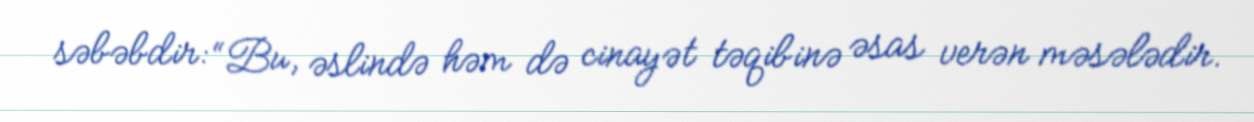
səbəbdir: “Bu, əslində həm də cinayət təqibinə əsas verən məsələdir.